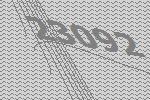
23092